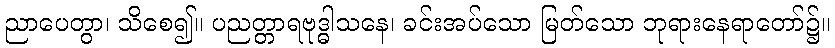
ညာပေတွာ၊ သိစေ၍။ ပညတ္တာရဗုဒ္ဓါသနေ၊ ခင်းအပ်သော မြတ်သော ဘုရားနေရာတော်၌။